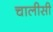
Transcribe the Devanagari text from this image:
चालीसी